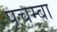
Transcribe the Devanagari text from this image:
पचम्बा